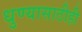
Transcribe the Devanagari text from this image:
धुण्यासाठीही